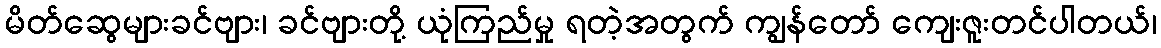
မိတ်ဆွေများခင်ဗျား၊ ခင်ဗျားတို့ ယုံကြည်မှု ရတဲ့အတွက် ကျွန်တော် ကျေးဇူးတင်ပါတယ်၊